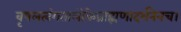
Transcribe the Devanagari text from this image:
वृषलत्वंगतालोकेब्राह्मणादर्शनेनच।